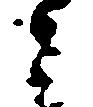
ら